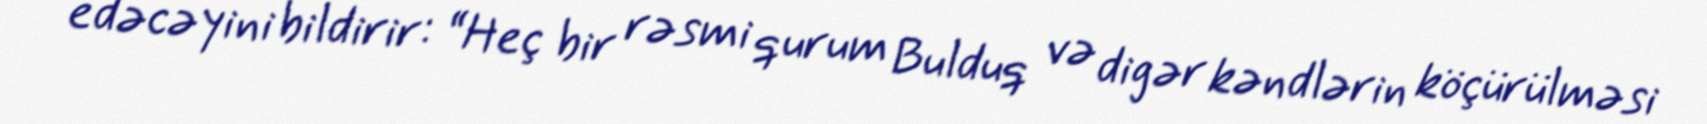
edəcəyini bildirir: “Heç bir rəsmi qurum Bulduq və digər kəndlərin köçürülməsi